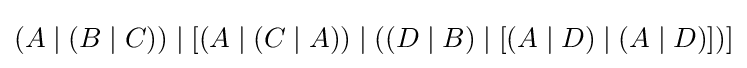
(A\mid (B\mid C))\mid [(A\mid (C\mid A))\mid ((D\mid B)\mid [(A\mid D)\mid (A\mid D)])]